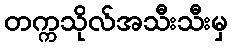
တက္ကသိုလ်အသီးသီးမှ